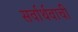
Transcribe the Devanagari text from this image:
सर्वार्थवाची